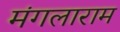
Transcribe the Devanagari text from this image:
मंगलाराम